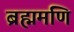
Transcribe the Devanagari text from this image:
ब्रह्ममणि